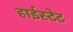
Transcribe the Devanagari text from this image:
हाईस्टेट